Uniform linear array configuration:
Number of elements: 48
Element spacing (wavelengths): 1
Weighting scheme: exponential
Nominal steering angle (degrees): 30
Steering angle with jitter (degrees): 29.873
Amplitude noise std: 0.05
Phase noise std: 0.05

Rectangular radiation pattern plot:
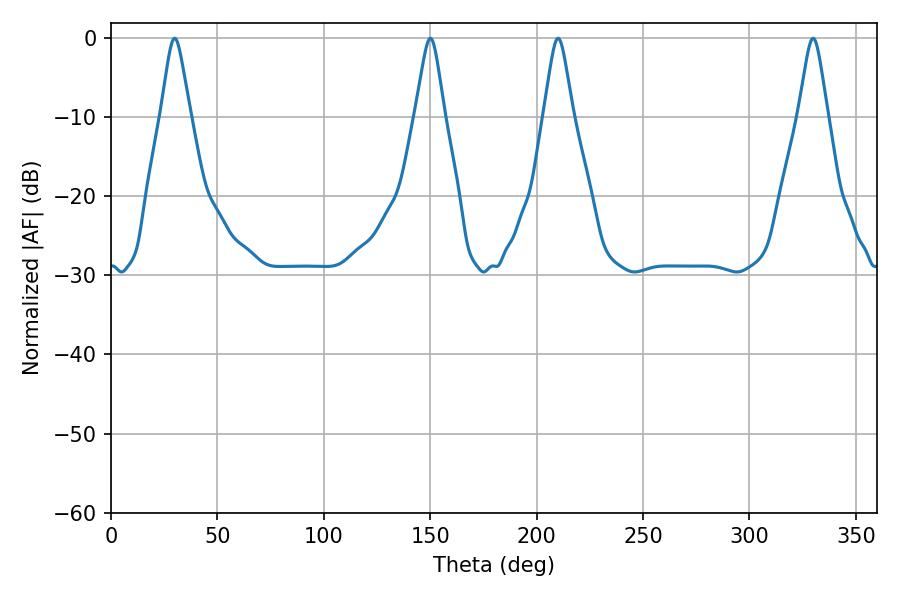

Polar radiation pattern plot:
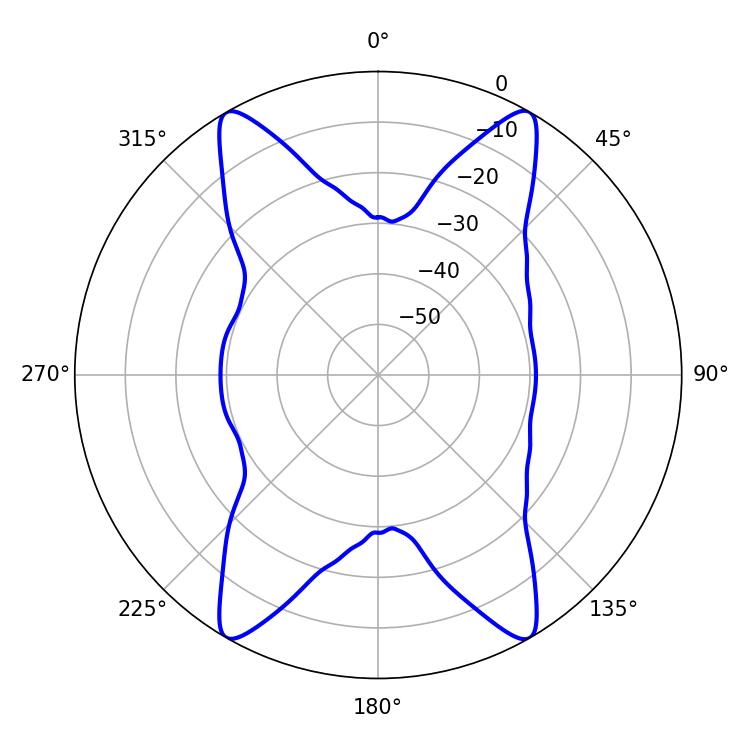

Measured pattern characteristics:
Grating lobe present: TRUE
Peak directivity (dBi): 37.688
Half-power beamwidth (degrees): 6.48
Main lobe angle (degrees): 210.06